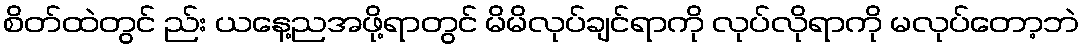
စိတ်ထဲတွင် ည်း ယနေ့ညအဖို့ရာတွင် မိမိလုပ်ချင်ရာကို လုပ်လိုရာကို မလုပ်တော့ဘဲ